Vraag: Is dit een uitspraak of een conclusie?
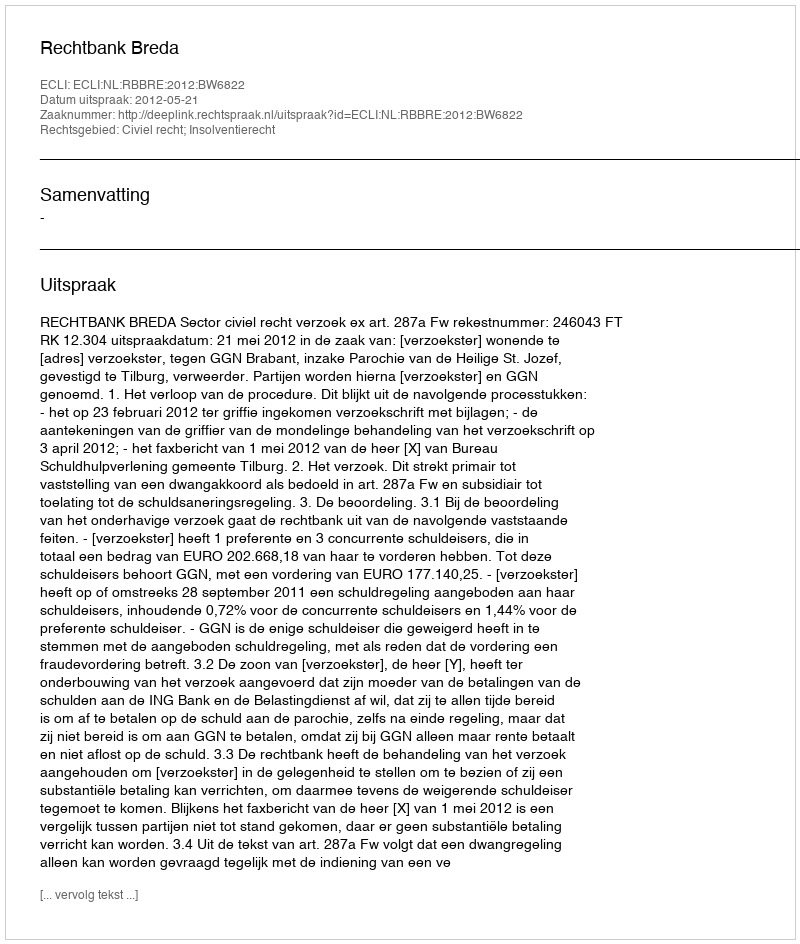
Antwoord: Uitspraak